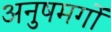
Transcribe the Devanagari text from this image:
अनुषमगों